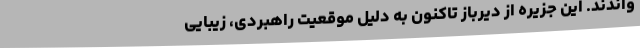
واندند. این جزیره از دیرباز تاکنون به دلیل موقعیت راهبردی، زیبایی